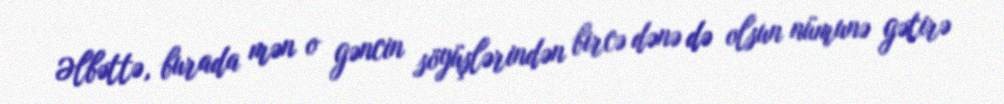
Əlbəttə, burada mən o gəncin söyüşlərindən bircə dənə də olsun nümunə gətirə